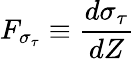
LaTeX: F_{\sigma_{\tau}}\equiv\frac{d\sigma_{\tau}}{dZ}